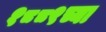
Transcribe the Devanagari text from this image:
१८८९च्या